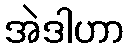
အဲဒါဟာ